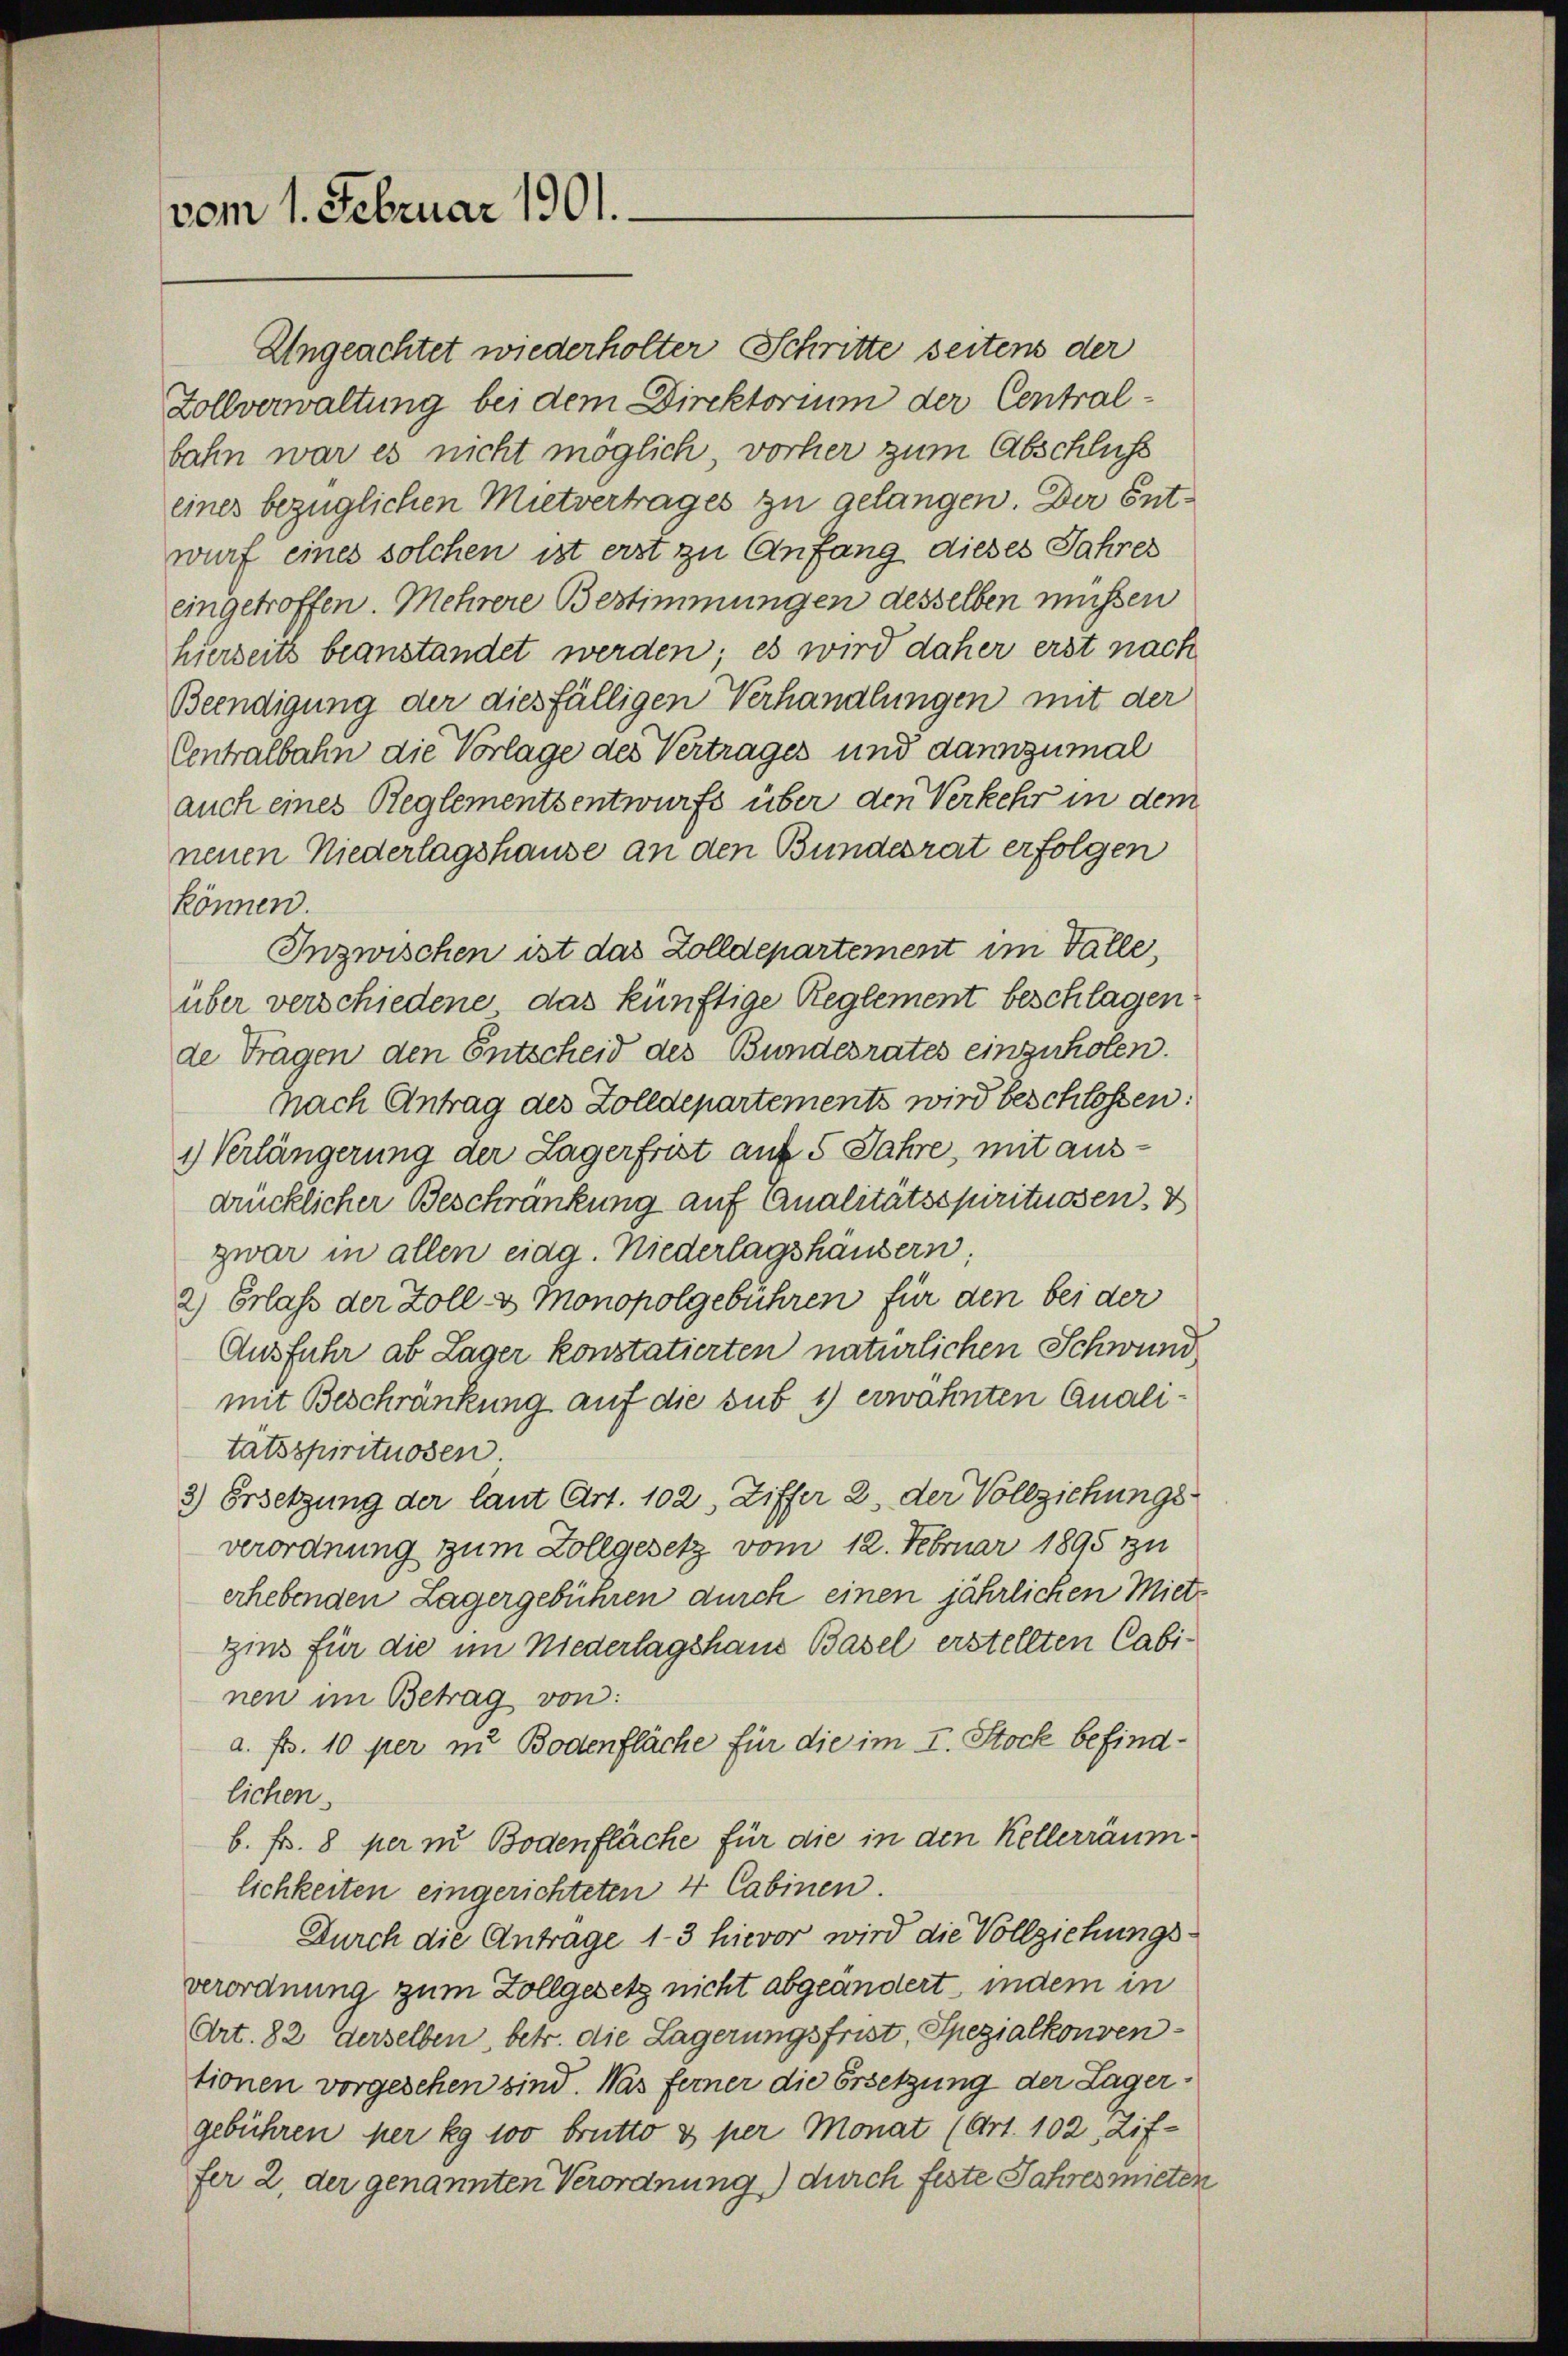
vom 1. Februar 1901.

Ungeachtet wiederholter Schritte seitens der
Zollverwaltung bei dem Direktorium der Centralbahn war es nicht möglich, vorher zum Abschluß
eines bezüglichen Mietvertrages zu gelangen. Der Entwurf eines solchen ist erst zu Anfang dieses Jahres
eingetroffen. Mehrere Bestimmungen desselben müssen
hierseits beanstandet werden; es wird daher erst nach
Beendigung der diesfälligen Verhandlungen mit der
Centralbahn die Vorlage des Vertrages und dannzumal
auch eines Reglementsentwurfs über den Verkehr in dem
neuen Niederlagshause an den Bundesrat erfolgen
können.
Inzwischen ist das Zolldepartement im Falle,
über verschiedene, das künftige Reglement beschlagen
de Tragen den Entscheid des Bundesrates einzuholen.
Nach Antrag des Zolldepartements wird beschlossen:
1) Verlängerung der Lagerfrist auf 5 Jahre, mit ausdrücklicher Beschränkung auf Analitätsspirituosen. V
zwar in allen eing. Niederlagshäusern:
2) Erlass der Zoll- u Monopolgebühren für den bei der
Ausfuhr ab Lager konstatierten natürlichen Schwund
mit Beschränkung auf die sub 1) erwähnten Quali
tätsspirituosen
2) Ersetzung der laut Art. 102, Ziffer 2, der Vollziehungs-
verordnung zum Zollgesetz vom 12. Februar 1895 zu
erhebenden Lagergebühren durch einen jährlichen Mietz
zins für die im Niederlagshaus Basel erstellten Cabinen im Betrag von:
a. Fr. 10 per in Bodenfläche für die im I. Stock befindlichen.
b. Fr. 8 per in Bodenfläche für die in den Kellerräumlichkeiten eingerichteten 4 Cabinen.
Durch die Antrage 1-3 hievor wird die Vollziehungsverordnung zum Zollgesetz nicht abgeändert, indem in
Art. 82 derselben, betr. die Lagerungsfrist, Spezialkonventionen vorgesehen sind. Was ferner die Ersetzung der Lagergebühren per kg 100 brutto o per Monat (Art. 102, Zif-
fer 2, der genannten Verordnung) durch feste Jahres mieten